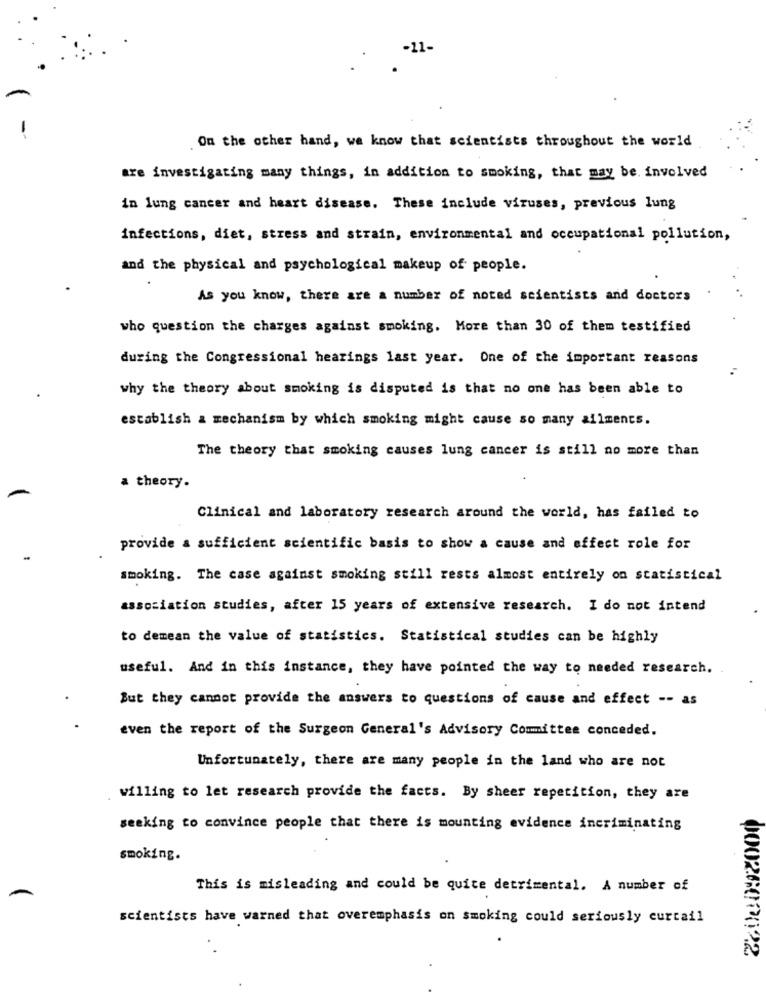
On the other hand, we know that scientists throughout the world
are investigating many things, in addition to smoking, that may be. involved
in lung cancer and heart disease. These include viruses, previous lung
infections, diet, stress and strain, environmental and occupational pollution,
and the physical and psychological makeup of people.
As you know, there are a number of noted scientists and doctors
who question the charges against smoking. More than 30 of them testified
during the Congressional hearings last year. One of the important reasons
why the theory about smoking is disputed is that no one has been able to
establish a mechanism by which smoking might cause so many ailments.
The theory that smoking causes lung cancer is still no more than
a theory.
Clinical and laboratory research around the world, has failed to
provide a sufficient scientific basis to show a cause and effect role for
smoking. The case against smoking still rests almost entirely on statistical
association studies, after 15 years of extensive research. I do not intend
to demean the value of statistics. Statistical studies can be highly
useful. And in this instance, they have pointed the way to needed research.
But they cannot provide the answers to questions of cause and effect -- as
even the report of the Surgeon General's Advisory Committee conceded.
Unfortunately, there are many people in the land who are not
willing to let research provide the facts. By sheer repetition, they are
seeking to convince people that there is mounting evidence incriminating
smoking.
This is misleading and could be quite detrimental. A number of
A
scientists have warned that overemphasis on smoking could seriously curtail
0002600022